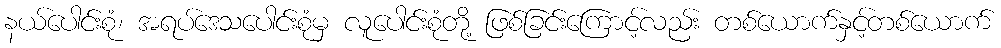
နယ်ပေါင်းစုံ၊ အရပ်ဒေသပေါင်းစုံမှ လူပေါင်းစုံတို့ ဖြစ်ခြင်းကြောင့်လည်း တစ်ယောက်နှင့်တစ်ယောက်